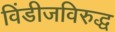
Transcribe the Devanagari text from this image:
विंडीजविरुद्ध